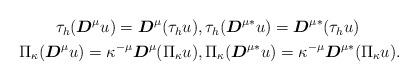
LaTeX: \begin{align*}\begin{aligned}\tau_h(\boldsymbol{D}^{\mu}u)=\boldsymbol{D}^{\mu}(\tau_hu)&,\tau_h(\boldsymbol{D}^{\mu*}u)=\boldsymbol{D}^{\mu*}(\tau_hu)\\\Pi_\kappa(\boldsymbol{D}^{\mu}u)=\kappa^{-\mu}\boldsymbol{D}^{\mu}(\Pi_\kappa u)&,\Pi_\kappa(\boldsymbol{D}^{\mu*}u)=\kappa^{-\mu}\boldsymbol{D}^{\mu*}(\Pi_\kappa u).\end{aligned}\end{align*}